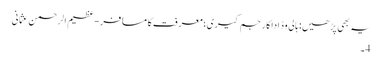
یہ بھی پڑھیں: ہالی وڈ اداکار جم کیری؛ معرفت کا مسافر - عظیم الرحمن عثمانی
4۔